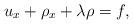
LaTeX: \begin{align*}u_x+\rho_x+\lambda\rho=f,\end{align*}